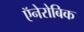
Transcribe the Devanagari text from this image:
ऍनेरोबिक